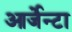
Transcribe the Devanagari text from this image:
आर्जेन्टा